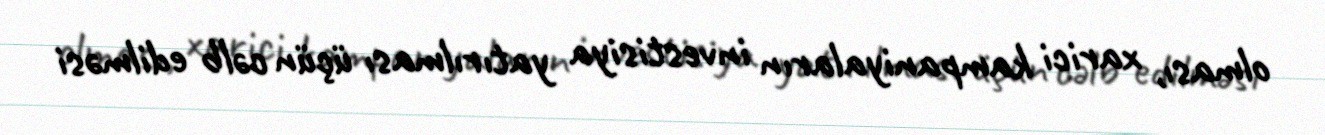
olması, xarici kampaniyaların investisiya yatırılması üçün cəlb edilməsi